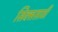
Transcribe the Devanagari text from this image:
सिक्ससाठी